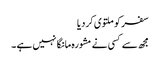
سفر کو ملتوی کردیا
مجھ سے کسی نے مشورہ مانگا نہیں ہے ۔